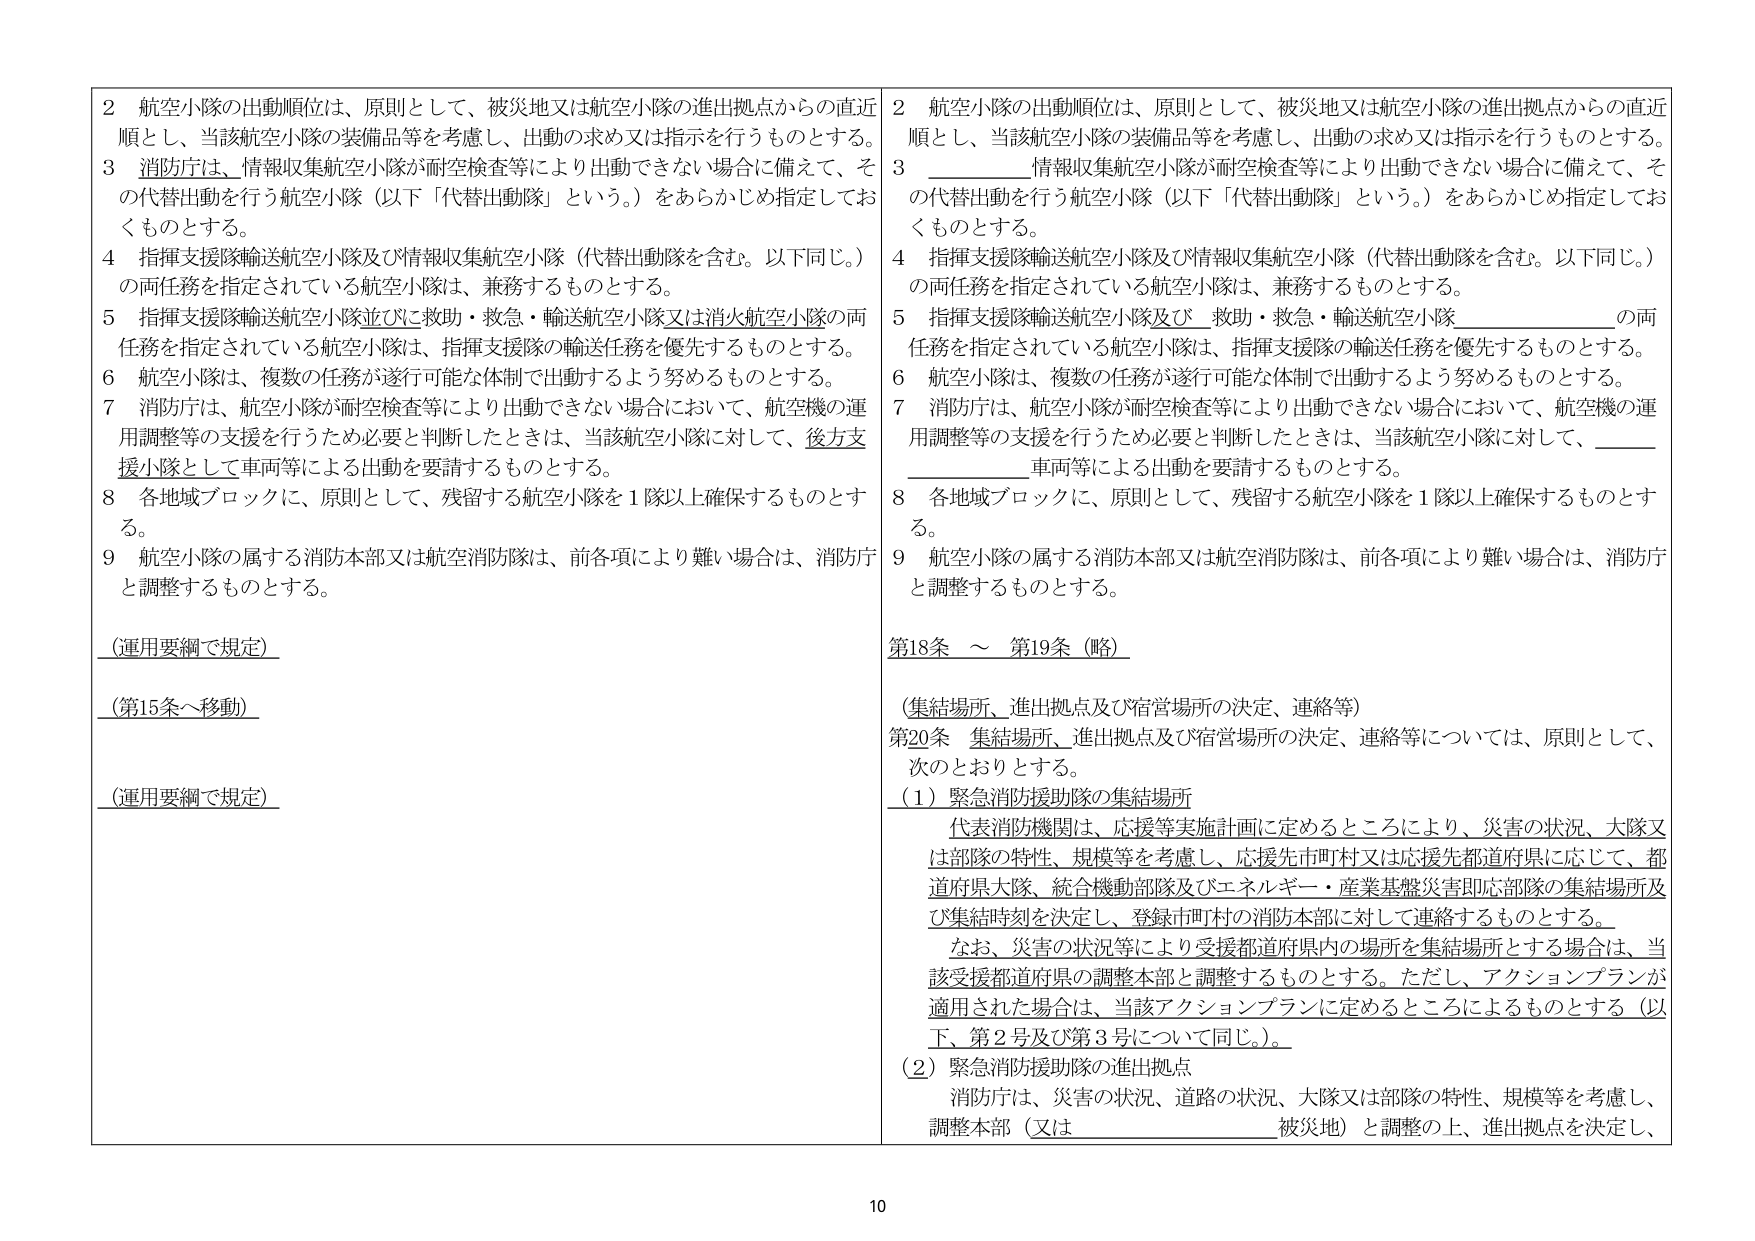
2 航空小隊の出動順位は、原則として、被災地又は航空小隊の進出拠点からの直近順とし、当該航空小隊の装備品等を考慮し、出動の求め又は指示を行うものとする。
3 消防庁は、情報収集航空小隊が耐空検査等により出動できない場合に備えて、その代替出動を行う航空小隊（以下「代替出動隊」という。）をあらかじめ指定しておくものとする。
4 指揮支援隊輸送航空小隊及び情報収集航空小隊（代替出動隊を含む。以下同じ。）の両任務を指定されている航空小隊は、兼務するものとする。
5 指揮支援隊輸送航空小隊並びに救助・救急・輸送航空小隊又は消火航空小隊の両任務を指定されている航空小隊は、指揮支援隊の輸送任務を優先するものとする。
6 航空小隊は、複数の任務が遂行可能な体制で出動するよう努めるものとする。
7 消防庁は、航空小隊が耐空検査等により出動できない場合において、航空機の運用調整等の支援を行うため必要と判断したときは、当該航空小隊に対して、後方支援小隊として車両等による出動を要請するものとする。
8 各地域ブロックに、原則として、残留する航空小隊を1隊以上確保するものとする。
9 航空小隊の属する消防本部又は航空消防隊は、前各項により難い場合は、消防庁と調整するものとする。

（運用要綱で規定）
（第15条～移動）
（運用要綱で規定）

2 航空小隊の出動順位は、原則として、被災地又は航空小隊の進出拠点からの直近順とし、当該航空小隊の装備品等を考慮し、出動の求め又は指示を行うものとする。
3 _________情報収集航空小隊が耐空検査等により出動できない場合に備えて、その代替出動を行う航空小隊（以下「代替出動隊」という。）をあらかじめ指定しておくものとする。
4 指揮支援隊輸送航空小隊及び情報収集航空小隊（代替出動隊を含む。以下同じ。）の両任務を指定されている航空小隊は、兼務するものとする。
5 指揮支援隊輸送航空小隊及び__救助・救急・輸送航空小隊__________の両任務を指定されている航空小隊は、指揮支援隊の輸送任務を優先するものとする。
6 航空小隊は、複数の任務が遂行可能な体制で出動するよう努めるものとする。
7 消防庁は、航空小隊が耐空検査等により出動できない場合において、航空機の運用調整等の支援を行うため必要と判断したときは、当該航空小隊に対して、________車両等による出動を要請するものとする。
8 各地域ブロックに、原則として、残留する航空小隊を1隊以上確保するものとする。
9 航空小隊の属する消防本部又は航空消防隊は、前各項により難い場合は、消防庁と調整するものとする。

第18条 ～ 第19条（略）

（集結場所、進出拠点及び宿営場所の決定、連絡等）
第20条 集結場所、進出拠点及び宿営場所の決定、連絡等については、原則として、次のとおりとする。
（1）緊急消防援助隊の集結場所
代表消防機関は、応援等実施計画に定めるところにより、災害の状況、大隊又は部隊の特性、規模等を考慮し、応援先市町村又は応援先都道府県に応じて、都道府県大隊、統合機動部隊及びエネルギー・産業基盤災害即応部隊の集結場所及び集結時刻を決定し、登録市町村の消防本部に対して連絡するものとする。
なお、災害の状況等により受援都道府県内の場所を集結場所とする場合は、当該受援都道府県の調整本部と調整するものとする。ただし、アクションプランが適用された場合は、当該アクションプランに定めるところによるものとする（以下、第2号及び第3号について同じ。）。
（2）緊急消防援助隊の進出拠点
消防庁は、災害の状況、道路の状況、大隊又は部隊の特性、規模等を考慮し、調整本部（又は________被災地）と調整の上、進出拠点を決定し、

10